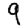
Digit: 9